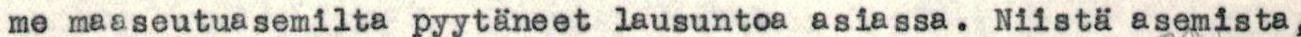
me maaseutuasemilta pyytäneet lausuntoa asiassa. Niistä asemista